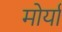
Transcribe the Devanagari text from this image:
मोर्या